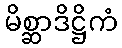
မိစ္ဆာဒိဋ္ဌိကံ